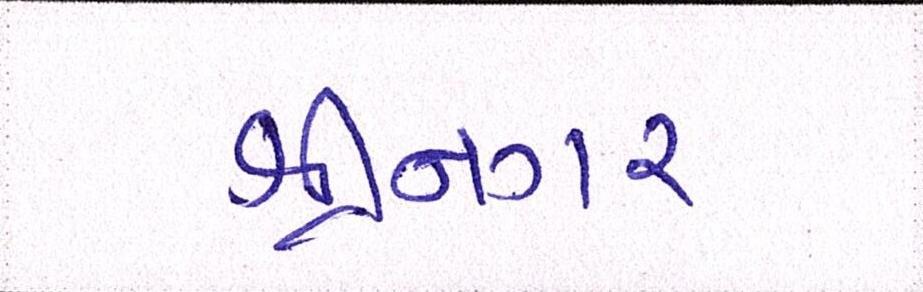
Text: શ્રીનગર